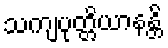
သကျပုတ္တိယာနန္တိ